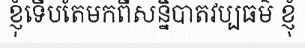
ខ្ញុំទើបតែមកពីសន្និបាតវប្បធម៌ ខ្ញុំ